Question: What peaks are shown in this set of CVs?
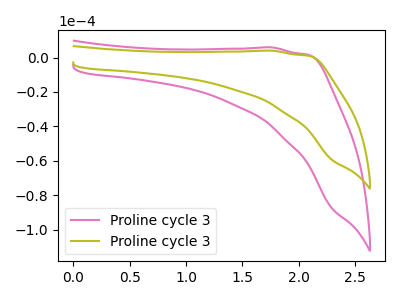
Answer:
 <answer>The pink curve "Proline cycle 31" has no peaks. The olive curve "Proline cycle 32" has no peaks.</answer>
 <eval></eval>